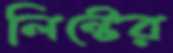
লিন্টের